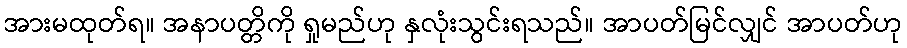
အားမထုတ်ရ။ အနာပတ္တိကို ရှုမည်ဟု နှလုံးသွင်းရသည်။ အာပတ်မြင်လျှင် အာပတ်ဟု